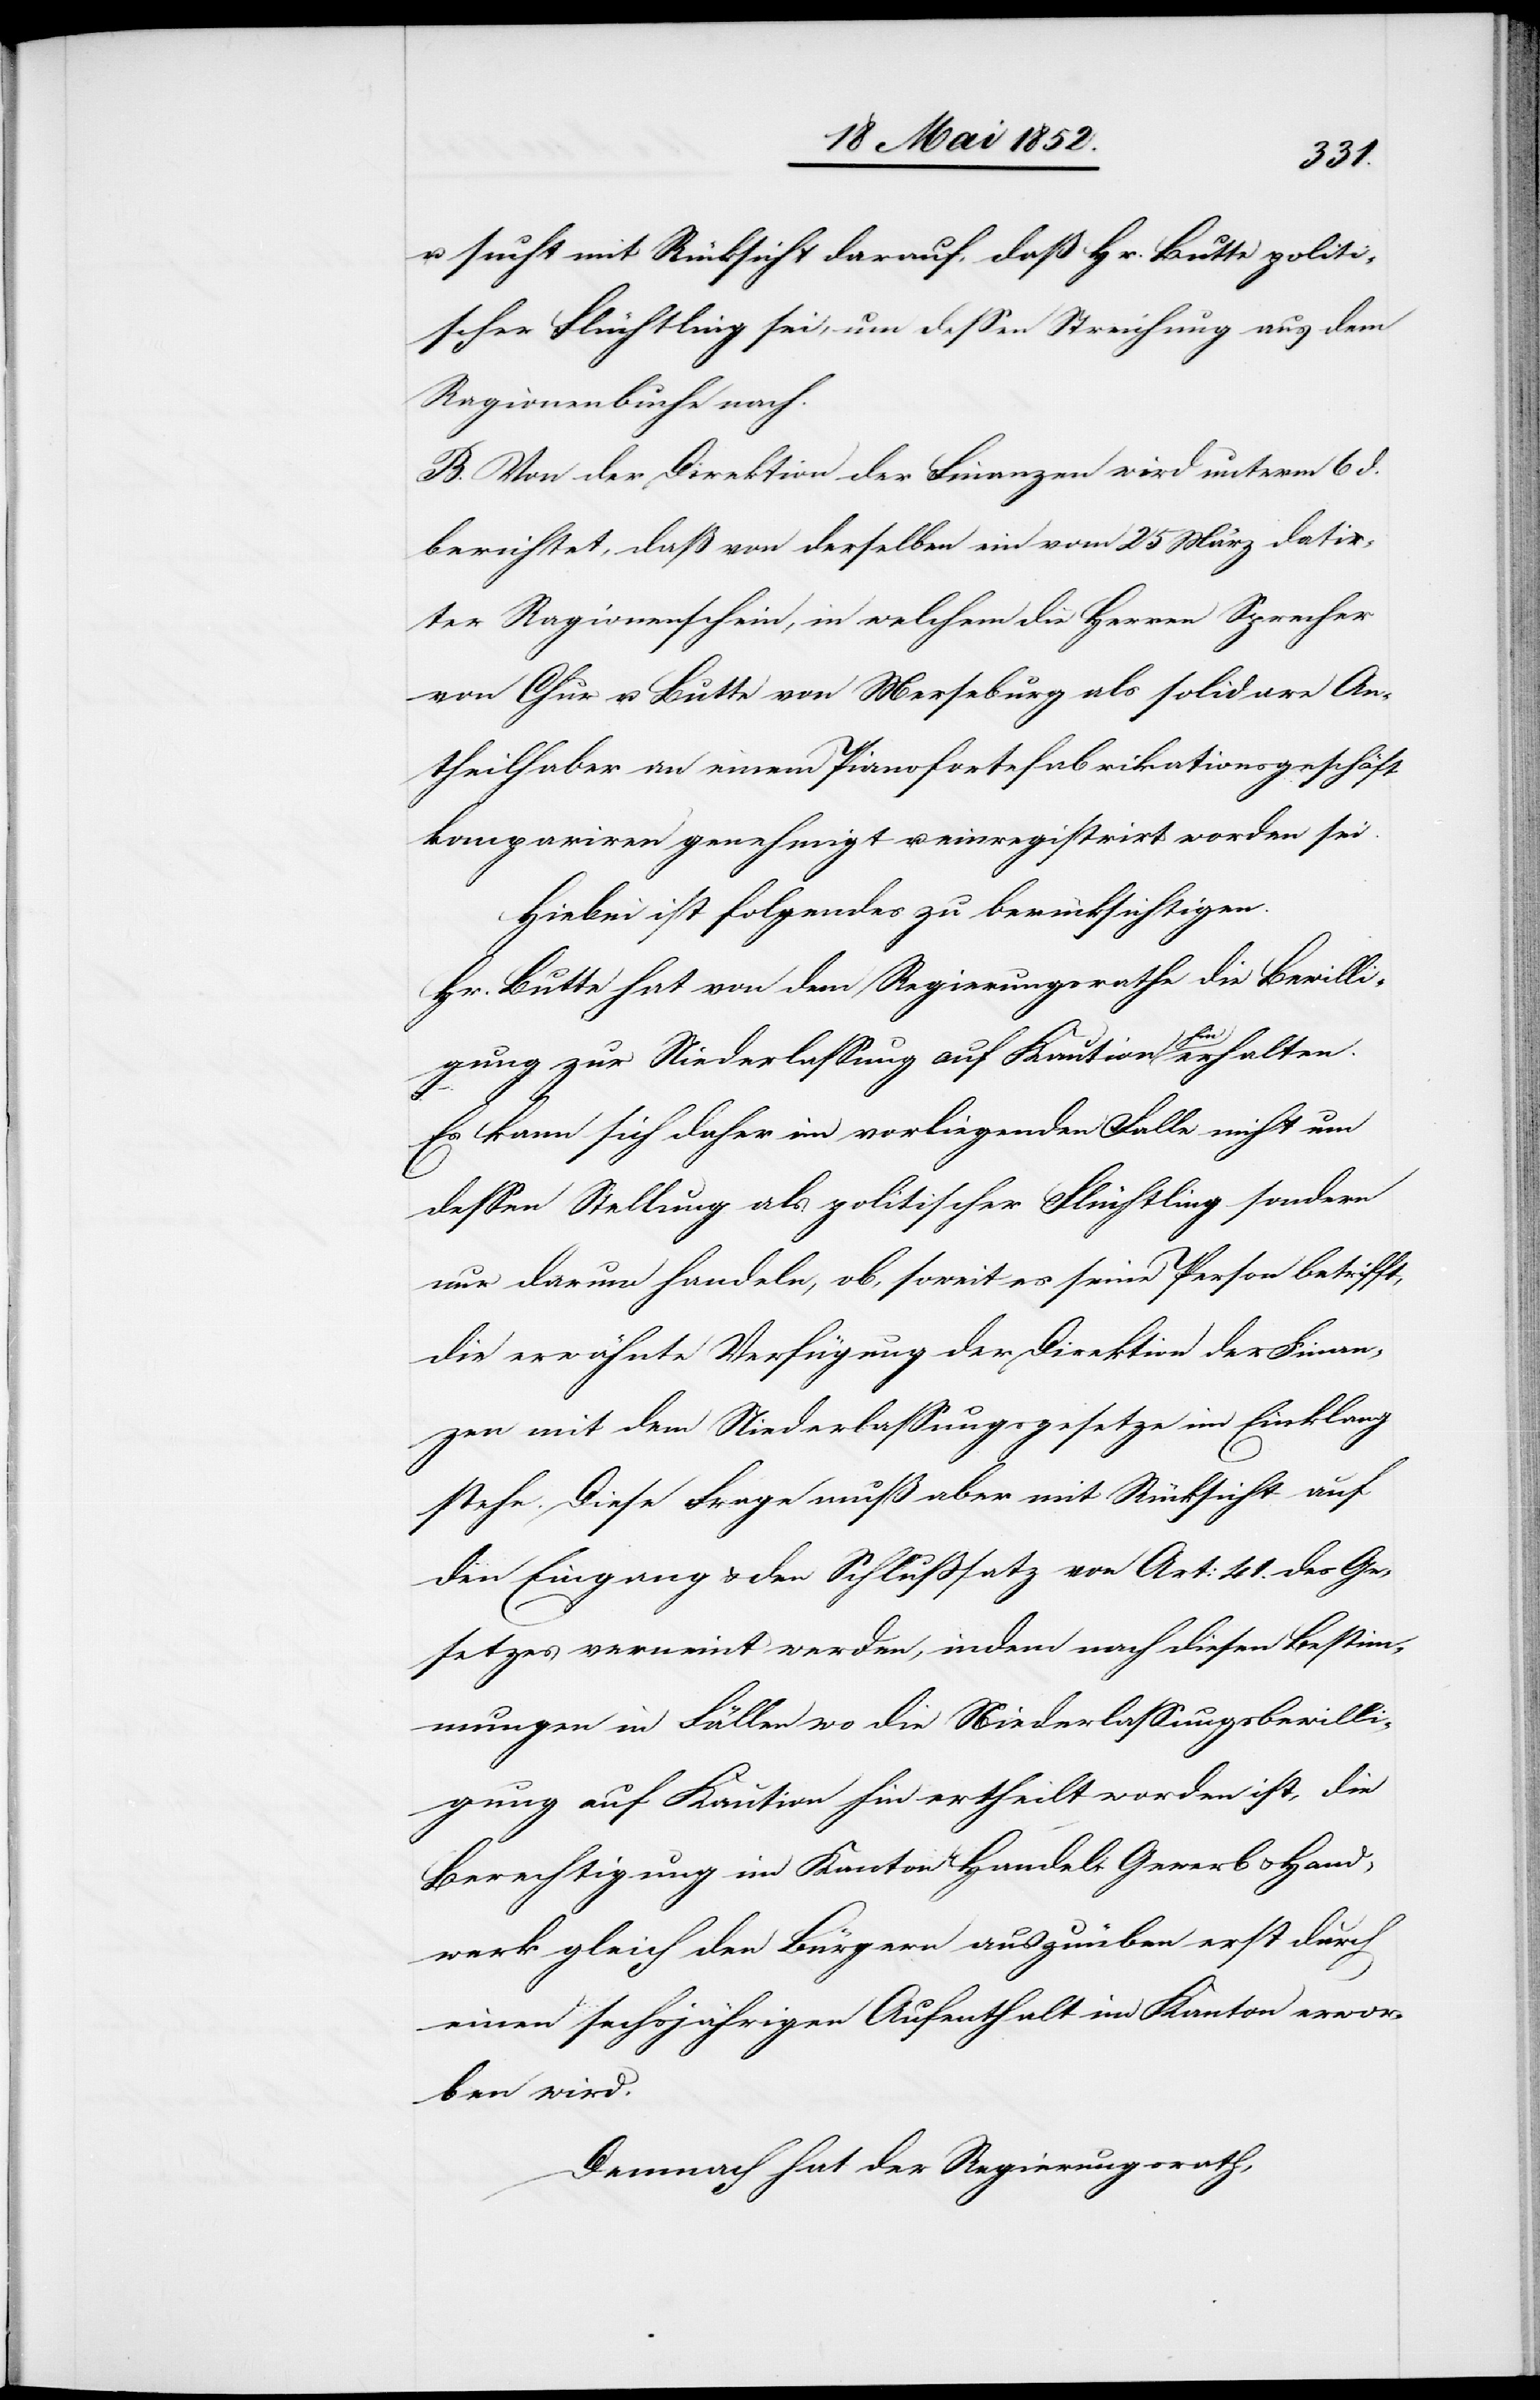
u. sucht mit Rücksicht darauf, daß Hr. Butte politi¬
scher Flüchtling sei, um dessen Streichung aus dem
Ragionenbuche nach.
B. Von der Direktion der Finanzen wird unterm 6 d.
berichtet, daß von derselben ein vom 25 März datir¬
ter Ragionenschein, in welchem die Herren Sprecher
von Chur u. Butte von Merseburg als solidare An¬
theilhaber an einem Pianofortefabrikationsgeschäft
kompariren genehmigt u. einregistrirt worden sei.
Hiebei ist folgendes zu berücksichtigen.
Hr. Butte hat von dem Regierungsrathe die Bewilli¬
gung zur Niederlassung auf Kaution hin erhalten.
Es kann sich daher im vorliegenden Falle nicht um
dessen Stellung als politischer Flüchtling sondern
nur darum handeln, ob, soweit es seine Person betrifft,
die erwähnte Verfügung der Direktion der Finan¬
zen mit dem Niederlassungsgesetze im Einklang
stehe. Diese Frage muß aber mit Rücksicht auf
den Eingang & den Schlusssatz von Art: 41. des Ge¬
setzes verneint werden, indem nach diesen Bestim¬
mungen in Fällen wo die Niederlassungsbewilli¬
gung auf Kaution hin ertheilt worden ist, die
Berechtigung im Kanton Handel, Gewerb & Hand¬
werk gleich den Bürgern auszuüben erst durch
einen sechsjährigen Aufenthalt im Kanton erwor¬
ben wird.
Demnach hat der Regierungsrath,